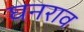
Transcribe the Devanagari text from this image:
घनराव